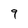
Character: 9